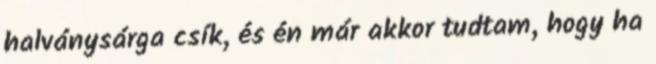
halványsárga csík, és én már akkor tudtam, hogy ha